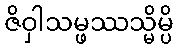
ဇိဝှါသမ္ဖဿသ္မိမ္ပိ